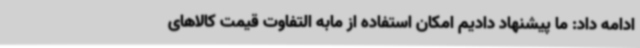
ادامه داد: ما پیشنهاد دادیم امکان استفاده از مابه التفاوت قیمت کالاهای